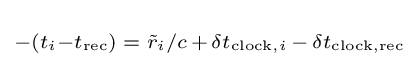
\scriptstyle -(t_{i}-t_{\text{rec}})\;=\;{\tilde {r}}_{i}/c\,+\,\delta t_{{\text{clock}},i}\,-\,\delta t_{\text{clock,rec}}